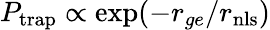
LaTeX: P_{\mathrm{trap}}\propto\exp(-r_{ge}/r_{\mathrm{{nls}}})